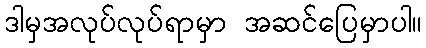
ဒါမှအလုပ်လုပ်ရာမှာ အဆင်ပြေမှာပါ။